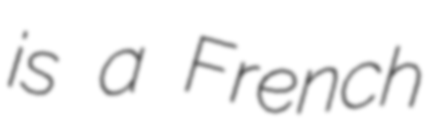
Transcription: is a French